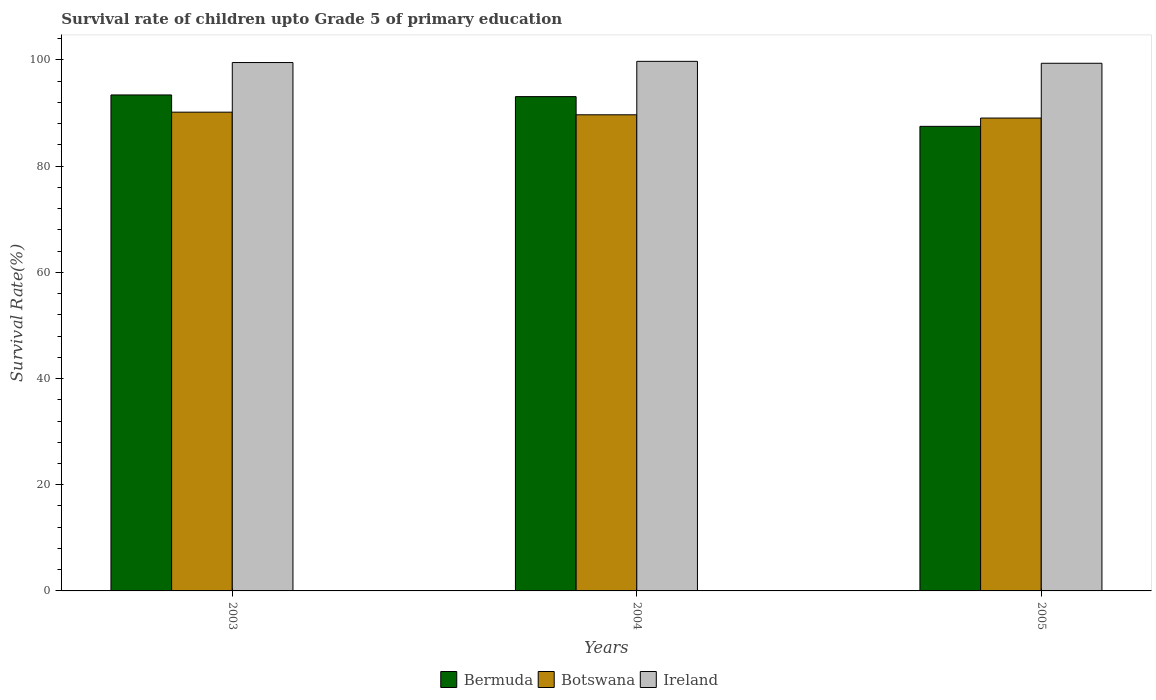
| Years | Bermuda | Botswana | Ireland |
 | --- | --- | --- | --- |
 | 2003 | 93.4 | 90.2 | 99.5 |
 | 2004 | 93.1 | 89.7 | 99.7 |
 | 2005 | 87.5 | 89.1 | 99.4 |